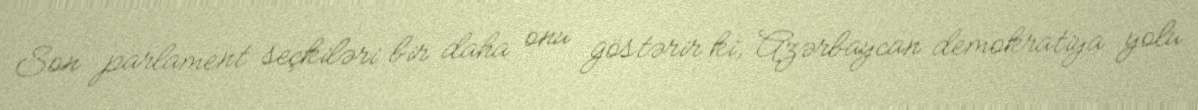
Son parlament seçkiləri bir daha onu göstərir ki, Azərbaycan demokratiya yolu